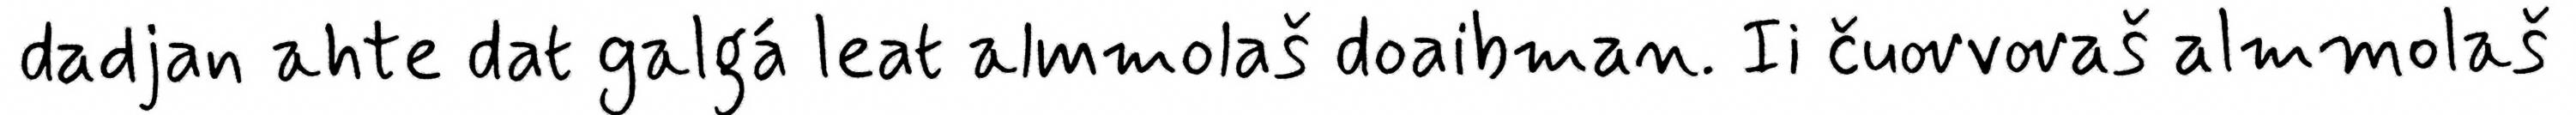
dadjan ahte dat galgá leat almmolaš doaibman. Ii čuovvovaš almmolaš